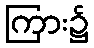
ကြား၌